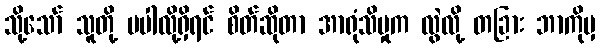
သို့သော် သူတို့ မပါလို့ရှိရင် စိတ်ဆိုတာ အာရုံသိမှုက လွဲလို့ တခြား ဘာကိုမှ